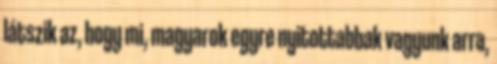
látszik az, hogy mi, magyarok egyre nyitottabbak vagyunk arra,